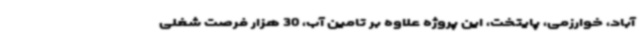
آباد، خوارزمی، پایتخت، این پروژه علاوه بر تامین آب، 30 هزار فرصت شغلی